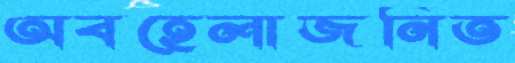
অবহেলাজনিত